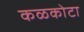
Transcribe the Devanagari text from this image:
कळकोटा